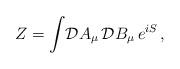
LaTeX: \begin{align*}Z = \int\! {\cal D}A_{\mu}\, {\cal D}B_{\mu}\, e^{iS}\, ,\end{align*}